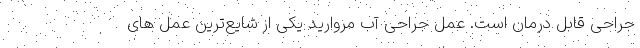
جراحی قابل درمان است. عمل جراحی آب مروارید یکی از شایع‌ترین عمل های